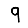
Digit: 9